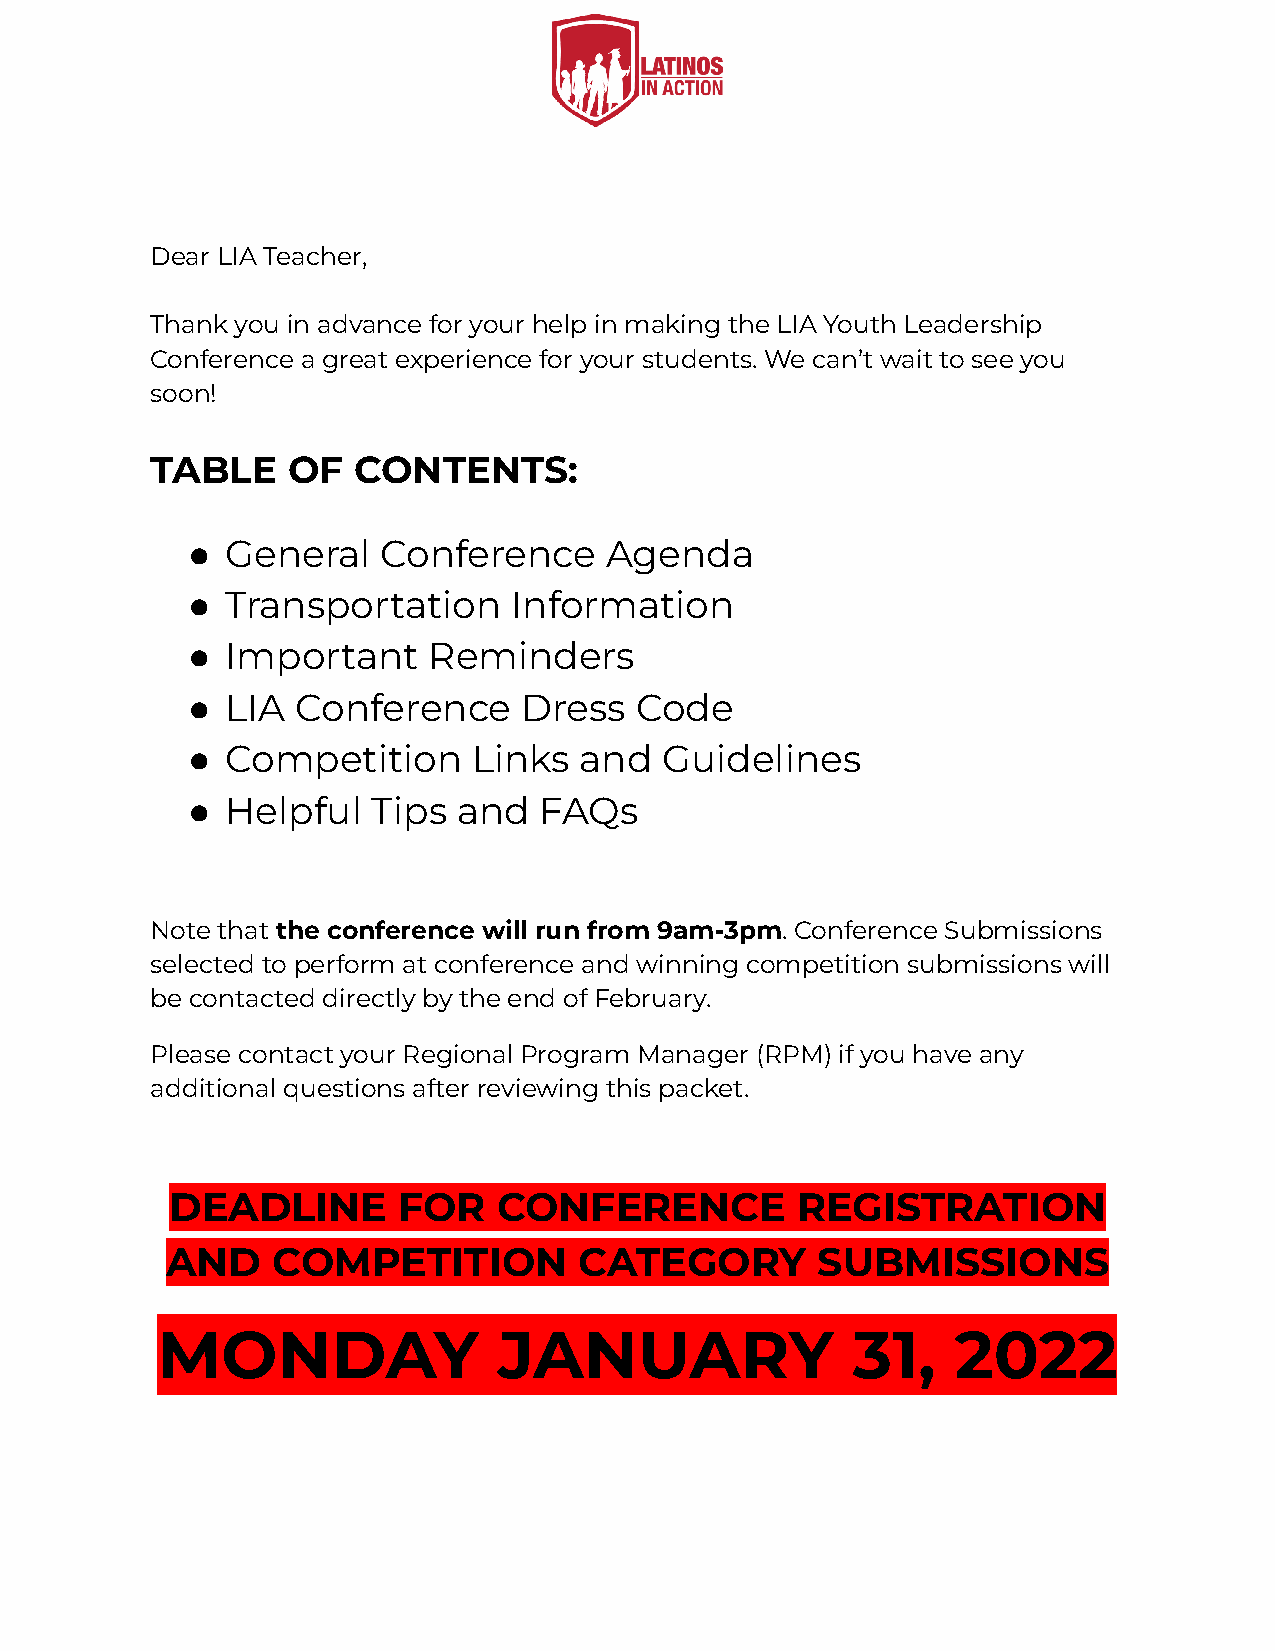
Dear LIA Teacher,
 Thank you in advance for your help in making the LIA Youth Leadership
 Conference a great experience for your students. We can’t wait to see you
 soon!
 TABLE    OF  CONTENTS:
 ●  General   Conference     Agenda
 ●  Transportation     Information
 ●  Important    Reminders
 ●  LIA  Conference    Dress   Code
 ●  Competition     Links  and   Guidelines
 ●  Helpful   Tips and   FAQs
 Note that the conference will run from 9am-3pm. Conference Submissions
 selected to perform at conference and winning competition submissions will
 be contacted directly by the end of February.
 Please contact your Regional Program Manager (RPM) if you have any
 additional questions after reviewing this packet.
 DEADLINE       FOR    CONFERENCE          REGISTRATION
 AND    COMPETITION         CATEGORY        SUBMISSIONS
 MONDAY                 JANUARY                31,    2022